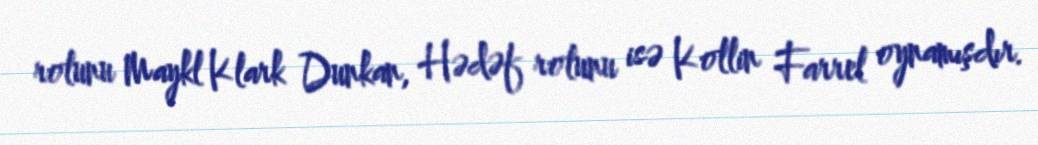
rolunu Maykl Klark Dunkan, Hədəf rolunu isə Kollin Farrel oynamışdır.